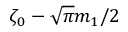
\zeta _ { 0 } - \sqrt { \pi } m _ { 1 } / 2